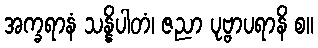
အက္ခရာနံ သန္နိပါတံ၊ ဇညာ ပုဗ္ဗာပရာနိ စ။